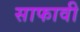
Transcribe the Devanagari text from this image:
साफावी